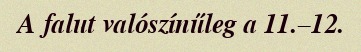
A falut valószínűleg a 11.–12.